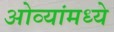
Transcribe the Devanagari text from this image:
ओव्यांमध्ये